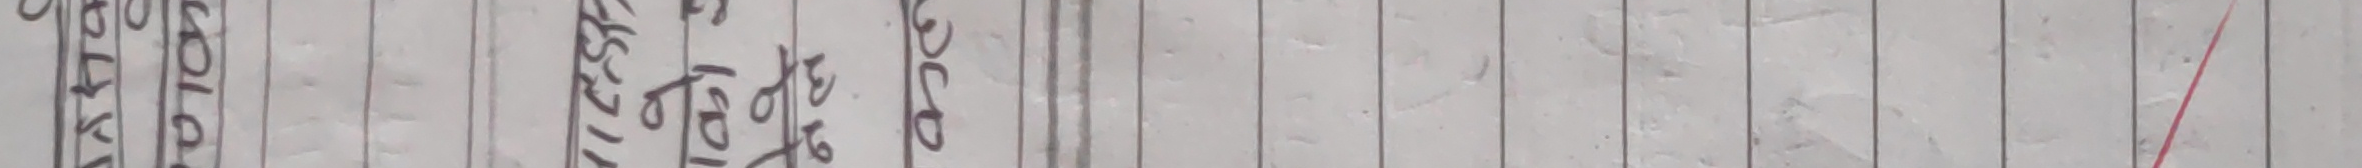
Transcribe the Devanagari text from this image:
३०२ भइरेको छ ।